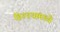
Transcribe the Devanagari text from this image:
हिश्श्यांमध्ये